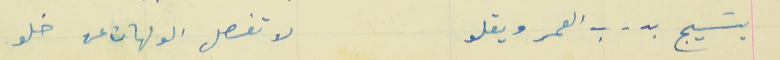
يسَيج بدرب العمر ويقلو                                لا تفصل الولهان عن خلو